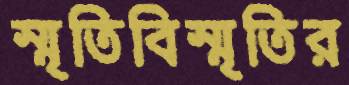
স্মৃতিবিস্মৃতির